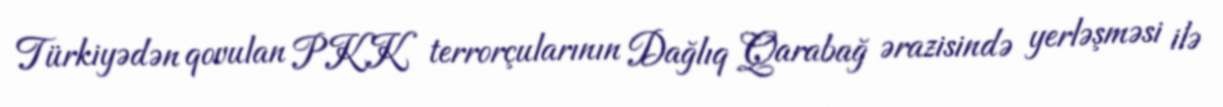
Türkiyədən qovulan PKK terrorçularının Dağlıq Qarabağ ərazisində yerləşməsi ilə